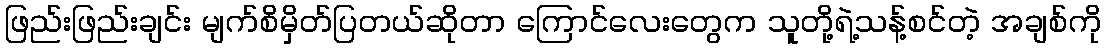
ဖြည်းဖြည်းချင်း မျက်စိမှိတ်ပြတယ်ဆိုတာ ကြောင်လေးတွေက သူတို့ရဲ့သန့်စင်တဲ့ အချစ်ကို